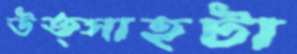
উত্সাহটা